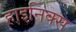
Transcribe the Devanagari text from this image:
हाइनिक्स